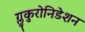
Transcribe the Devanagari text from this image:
ग्लुकुरोनिडेशन